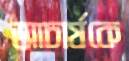
আচার্যকে